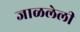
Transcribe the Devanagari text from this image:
जाळलेली